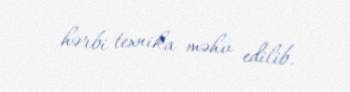
hərbi texnika məhv edilib.